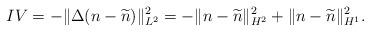
LaTeX: \begin{align*}IV = - \Vert \Delta (n-\widetilde{n}) \Vert_{L^2}^2 = - \Vert n-\widetilde{n} \Vert_{H^2}^2 + \Vert n-\widetilde{n} \Vert_{H^1}^2 .\end{align*}